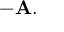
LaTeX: - \mathbf { A } .